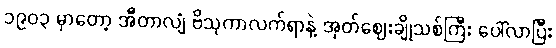
၁၉၀၃ မှာတော့ အီတာလျံ ဗိသုကာလက်ရာနဲ့ အုတ်ဈေးချိုသစ်ကြီး ပေါ်လာပြီး